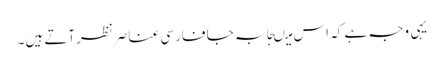
یہی وجہ ہے کہ اس میںجابہ جا فارسی عناصرنظرآتے ہیں۔